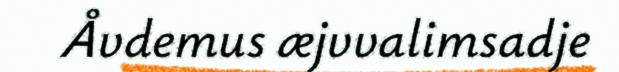
Åvdemus æjvvalimsadje